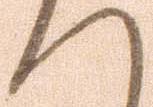
へ